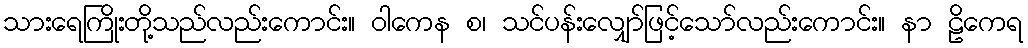
သားရေကြိုးတို့သည်လည်းကောင်း။ ဝါကေန စ၊ သင်ပန်းလျှော်ဖြင့်သော်လည်းကောင်း။ နာ ဠိကေရ